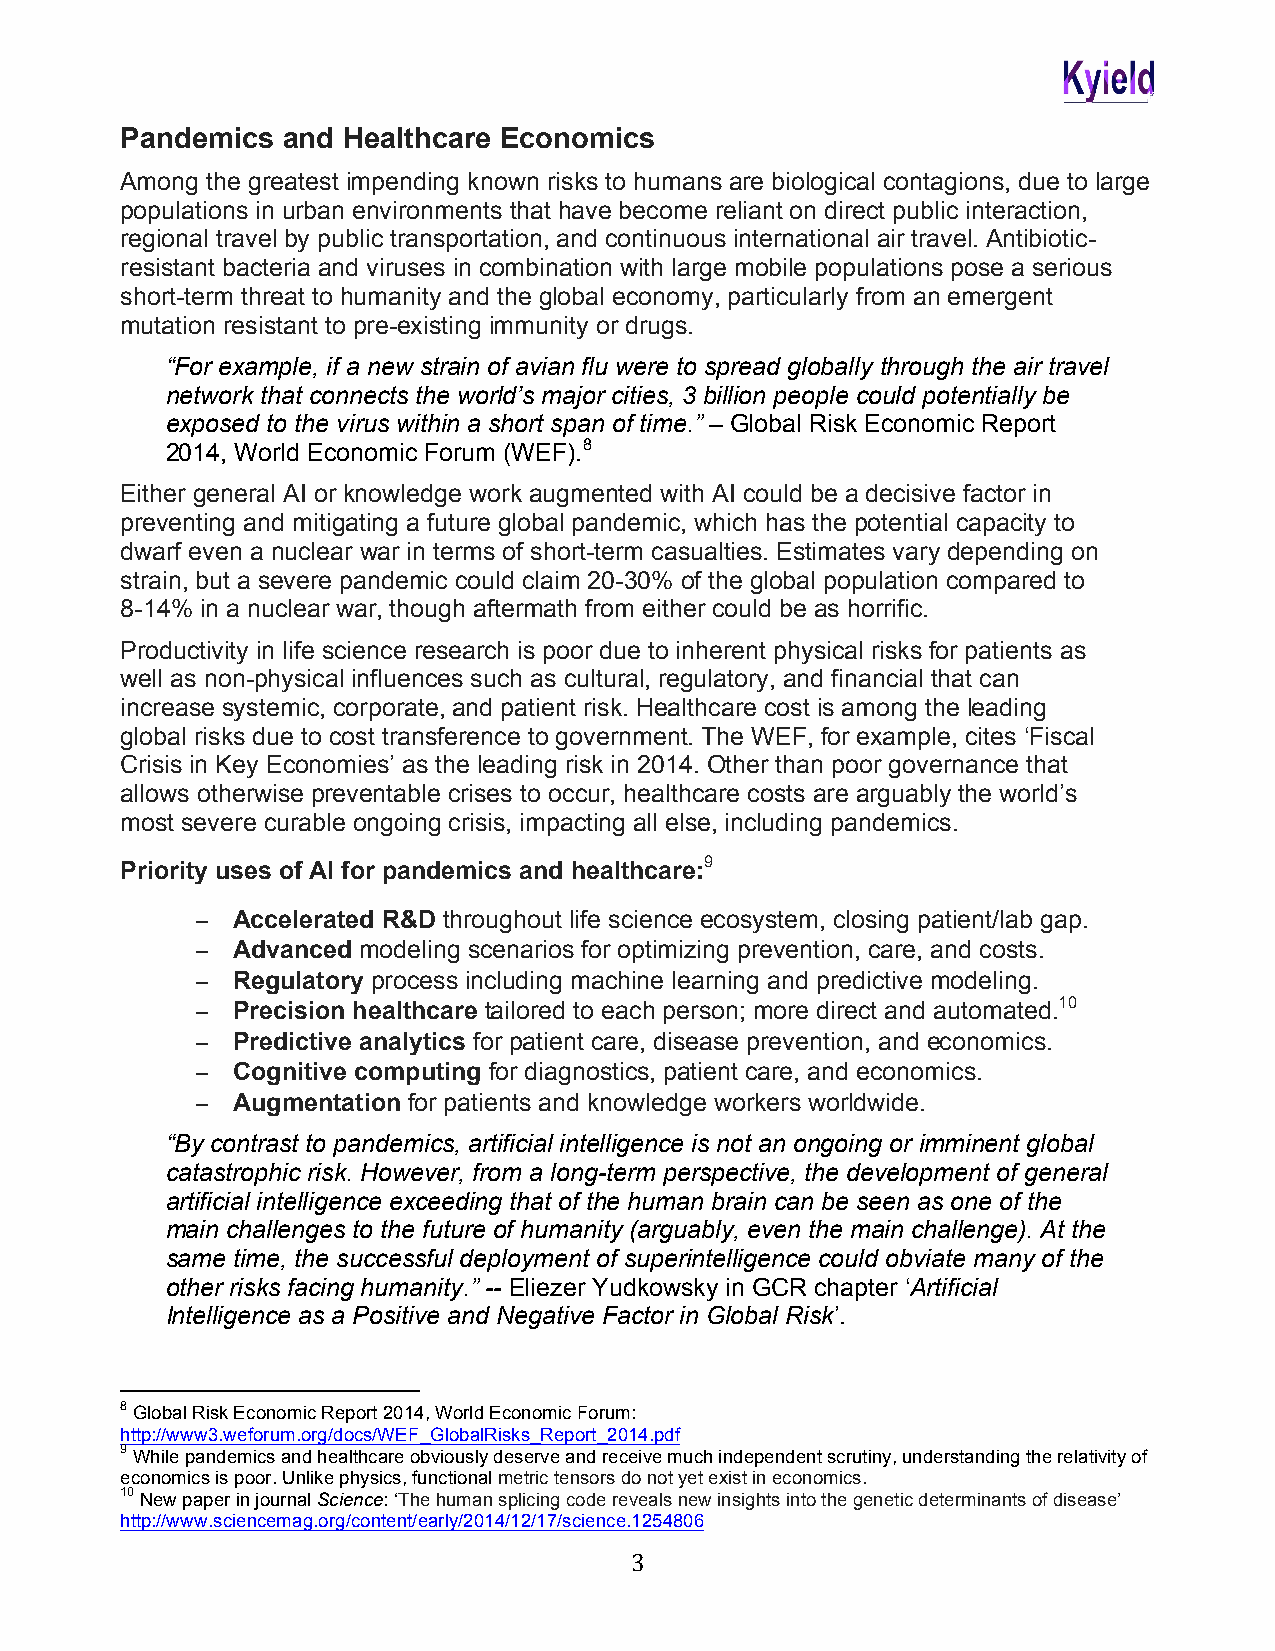
Pandemics  and Healthcare Economics
 Among the greatest impending known risks to humans are biological contagions, due to large
 populations in urban environments that have become reliant on direct public interaction,
 regional travel by public transportation, and continuous international air travel. Antibiotic-
 resistant bacteria and viruses in combination with large mobile populations pose a serious
 short-term threat to humanity and the global economy, particularly from an emergent
 mutation resistant to pre-existing immunity or drugs.
 “For example, if a new strain of avian flu were to spread globally through the air travel
 network that connects the world’s major cities, 3 billion people could potentially be
 exposed to the virus within a short span of time.” – Global Risk Economic Report
 2014, World Economic Forum (WEF).8
 Either general AI or knowledge work augmented with AI could be a decisive factor in
 preventing and mitigating a future global pandemic, which has the potential capacity to
 dwarf even a nuclear war in terms of short-term casualties. Estimates vary depending on
 strain, but a severe pandemic could claim 20-30% of the global population compared to
 8-14% in a nuclear war, though aftermath from either could be as horrific.
 Productivity in life science research is poor due to inherent physical risks for patients as
 well as non-physical influences such as cultural, regulatory, and financial that can
 increase systemic, corporate, and patient risk. Healthcare cost is among the leading
 global risks due to cost transference to government. The WEF, for example, cites ‘Fiscal
 Crisis in Key Economies’ as the leading risk in 2014. Other than poor governance that
 allows otherwise preventable crises to occur, healthcare costs are arguably the world’s
 most severe curable ongoing crisis, impacting all else, including pandemics.
 Priority uses of AI for pandemics and healthcare:9
 − Accelerated R&D throughout life science ecosystem, closing patient/lab gap.
 − Advanced modeling scenarios for optimizing prevention, care, and costs.
 − Regulatory process including machine learning and predictive modeling.
 − Precision healthcare tailored to each person; more direct and automated.10
 − Predictive analytics for patient care, disease prevention, and economics.
 − Cognitive computing for diagnostics, patient care, and economics.
 − Augmentation for patients and knowledge workers worldwide.
 “By contrast to pandemics, artificial intelligence is not an ongoing or imminent global
 catastrophic risk. However, from a long-term perspective, the development of general
 artificial intelligence exceeding that of the human brain can be seen as one of the
 main challenges to the future of humanity (arguably, even the main challenge). At the
 same time, the successful deployment of superintelligence could obviate many of the
 other risks facing humanity.” -- Eliezer Yudkowsky in GCR chapter ‘Artificial
 Intelligence as a Positive and Negative Factor in Global Risk’.
 8 Global Risk Economic Report 2014, World Economic Forum:
 http://www3.weforum.org/docs/WEF_GlobalRisks_Report_2014.pdf
 9 While pandemics and healthcare obviously deserve and receive much independent scrutiny, understanding the relativity of
 economics is poor. Unlike physics, functional metric tensors do not yet exist in economics.
 10 New paper in journal Science: ‘The human splicing code reveals new insights into the genetic determinants of disease’
 http://www.sciencemag.org/content/early/2014/12/17/science.1254806
 3